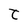
Character: t